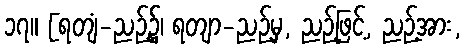
၁၇။ [ရတျံ-ညဉ့်၌၊ ရတျာ-ညဉ့်မှ, ညဉ့်ဖြင့်, ညဉ့်အား,